King Institute of Preventive Medicine Bacteriolog. Section reports 1907-08
Year: 1907
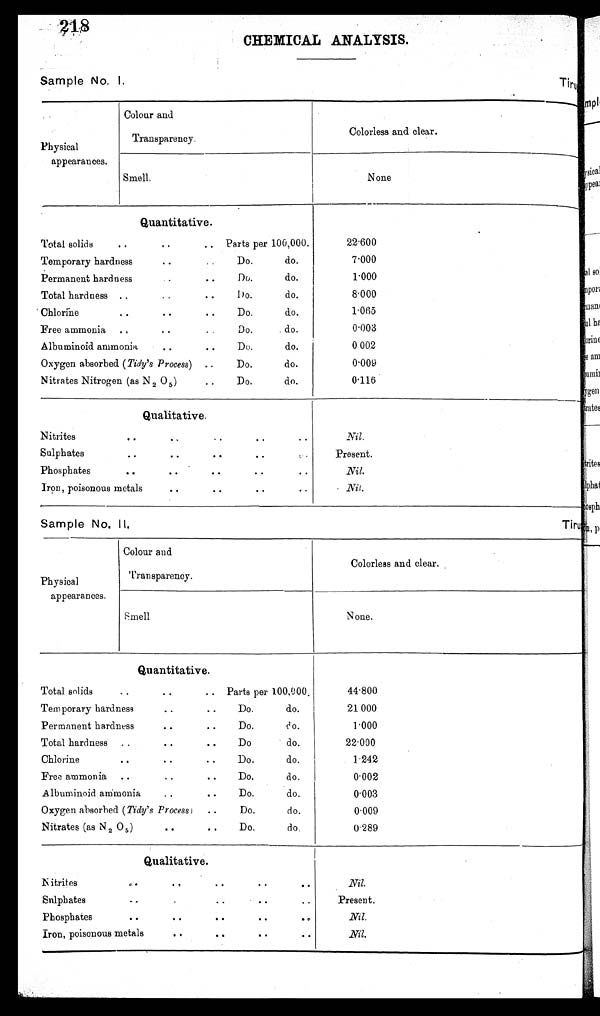
CHEMICAL ANALYSIS.
Sample No. I.
Physical
appearances.
Colour and
Transparency.
Coloriess and clear.
None
Smell.
•
Quantitative .
Total solids, ,
..
• • Parts per 100,000.
22.600
. .
Temporary hardness..
Do.
do.
7.000
1.000
Permanent hardness..
Do.
do.
Total hardness ..•
•
Do.
do.
8.000
1.065
•
Chlorine
..
• •
Do.
do.
Free ammonia
. ,
• •
. .
Do.
do.
0.003
0 002
Albuminoid ammonia.. ammonia..
Do.
do.
0.009
Oxygen absorbed (Tidy's Process) ..
Do.
do.
Nitrates Nitrogen (as N 2 O5 )
• •
Do.
do.
0.116
Qualitative.
Nitrites..
• •
• n
, •
• •
Nil.
Present.
Sulphates
..
• •
• •
..
., .
•
Phosphates
• •
..
• •
• •
• •
Nil.
Iron, poisonous metals
• •
• •
..
• •
Nil.
Sample No. II.
Physical
appearances.
Colour and
Transparency.
Colorless and clear.
N one.
Smell
Quantitative .
Total solids
.... • •
Parts per 100, 100 ,
44.800
21 000
Temporary hardness
• •
• •
Do.
do.
1.000
Permanent hardness
..
..
Do
do.
22.000
Total hardness ..
..
• •
Do
do.
Chlorine
..
..
• •
Do.
do.
1.242
Free ammonia ..
..
• •
Do.
do.
0.002
..
Albuminoid ammonia..
do.
0.003
Oxygen absorbed (Tidy's Process)
..
Do.
do.
0.009
Nitrates (as N 2O5 )
• •
• •
Do.
do.
0289
Qualitative.
Nil.
N itrites
., •
. ,
..
..
..
Sulphates
. ,.
•
.
• •
• •
Present.
Nil.
Phosphates
• •
• •
..
• 0
• ,
Nil.
Iron, poisonous metals
..
• •
• •
..
ppem
ral s(),
opon
mane
1
1 ha
orine
e am
limb
ygen
Crates
Crites
Flphat
14011